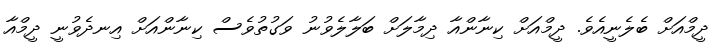
ދީމްއަށް ބެލެނީއެވެ. ދީމްއަށް ކިނާންއާ ދިމާލަށް ބަލާލެވުނު ވަގުތުވެސް ކިނާންއަށް އިނދެވުނީ ދީމްއާ